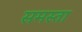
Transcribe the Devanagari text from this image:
समस्ता